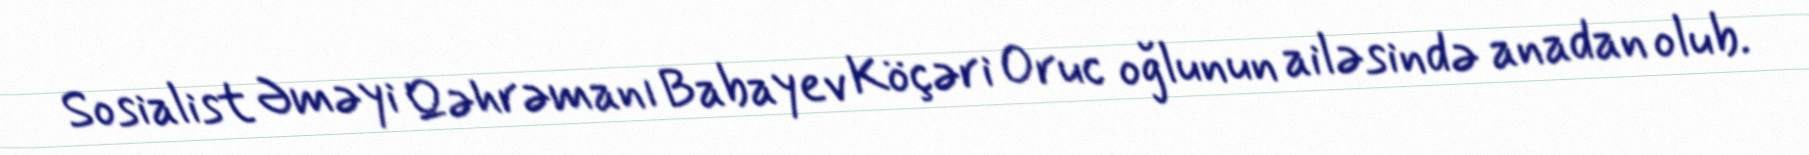
Sosialist Əməyi Qəhrəmanı Babayev Köçəri Oruc oğlunun ailəsində anadan olub.